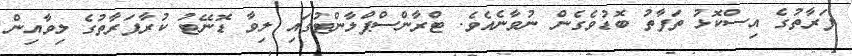
ފަރާތުގެ އިސްކޮޅު ތަފާތު ބޮޑުވެގެން ނުވާނެއެވެ. ޓްރާންސްޕްލާންޓުގައި ލިވާ ޑޮނޭޓު ކުރާފަރާތުގެ ލިވާއިން